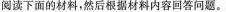
阅读下面的材料,然后根据材料内容回答问题.